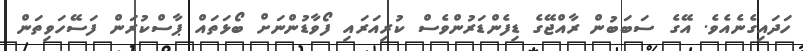
ހަދައިގެނެއެވެ. އޭގެ ސަބަބުން ރާއްޖޭގެ ޑިފެންޑަރުންވެސް ކުރިއަރައި ފޯވާޑުންނަށް ބޯޅަތައް ޕާސްކުރަން ފަސޭހަވިތަން